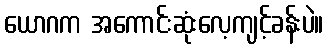
ယောဂက အကောင်းဆုံးလေ့ကျင့်ခန်းပဲ။